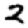
Digit: 2